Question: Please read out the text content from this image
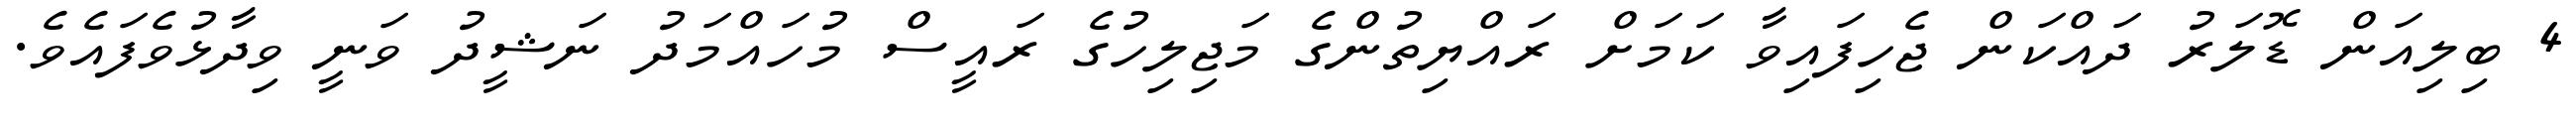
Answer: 4 ބިލިއަން ޑޮލަރު ދައްކަން ޖެހިފައިވާ ކަމަށް ރައްޔިތުންގެ މަޖިލިހުގެ ރައީސް މުހައްމަދު ނަޝީދު ވަނީ ވިދާޅުވެފައެވެ.